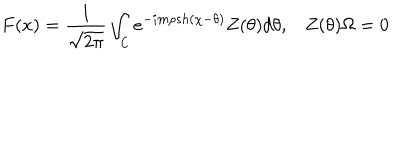
F ( x ) = \frac { 1 } { \sqrt { 2 \pi } } \int _ { \mathsf { C } } e ^ { - i m \rho s h ( \chi - \theta ) } Z ( \theta ) d \theta , \, \, \, \, \, Z ( \theta ) \Omega = 0 \, \,